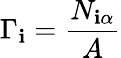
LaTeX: \Gamma_{\mathbf{i}}={\frac{{N_{\mathbf{i}\alpha}}}{{A}}}